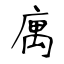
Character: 庽